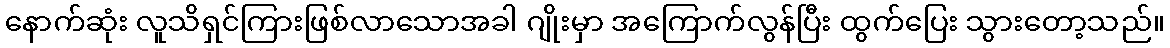
နောက်ဆုံး လူသိရှင်ကြားဖြစ်လာသောအခါ ဂျိုးမှာ အကြောက်လွန်ပြီး ထွက်ပြေး သွားတော့သည်။